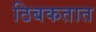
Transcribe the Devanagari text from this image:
ठिबकतात